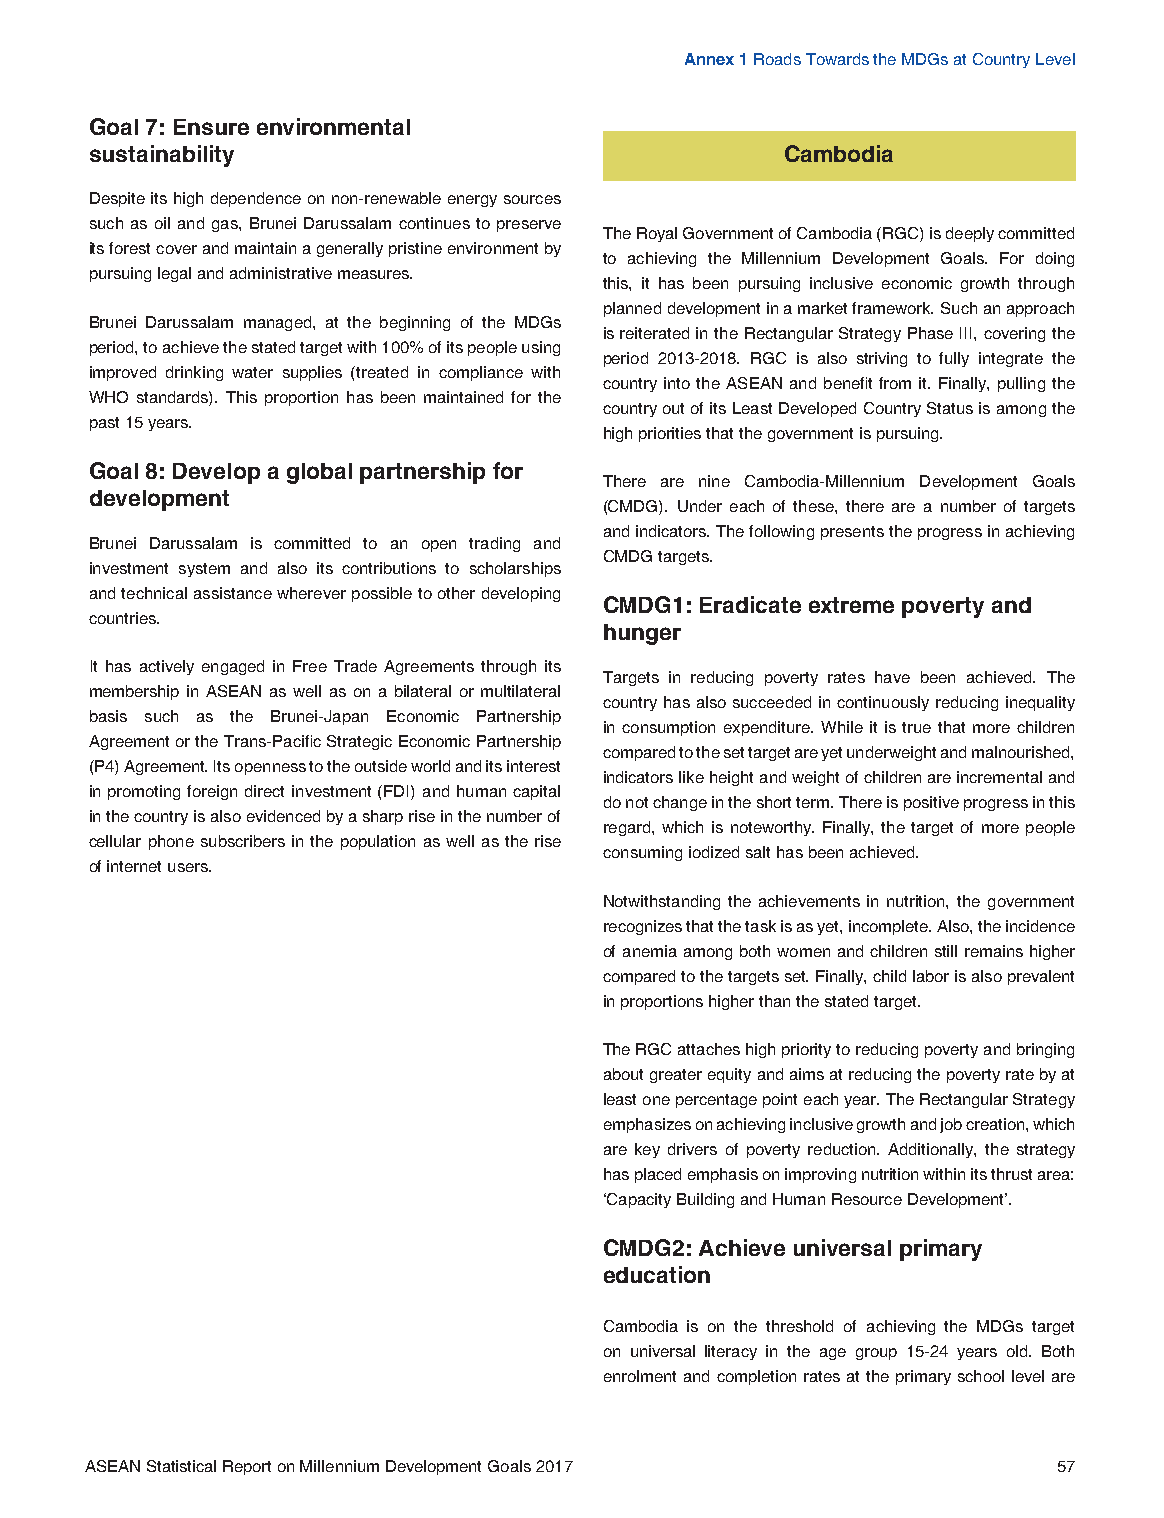
Annex 1 Roads Towards the MDGs at Country Level
 Goal 7: Ensure environmental
 sustainability                                Cambodia
 Despite its high dependence on non-renewable energy sources
 such as oil and gas, Brunei Darussalam continues to preserve
 The Royal Government of Cambodia (RGC) is deeply committed
 its forest cover and maintain a generally pristine environment by
 to achieving the Millennium Development Goals. For doing
 pursuing legal and administrative measures.
 this, it has been pursuing inclusive economic growth through
 planned development in a market framework. Such an approach
 Brunei Darussalam managed, at the beginning of the MDGs
 is reiterated in the Rectangular Strategy Phase III, covering the
 period, to achieve the stated target with 100% of its people using
 period 2013-2018. RGC is also striving to fully integrate the
 improved drinking water supplies (treated in compliance with
 country into the ASEAN and benefit from it. Finally, pulling the
 WHO standards). This proportion has been maintained for the
 country out of its Least Developed Country Status is among the
 past 15 years.
 high priorities that the government is pursuing.
 Goal 8: Develop a global partnership for
 There are nine Cambodia-Millennium Development Goals
 development
 (CMDG). Under each of these, there are a number of targets
 and indicators. The following presents the progress in achieving
 Brunei Darussalam is committed to an open trading and
 CMDG targets.
 investment system and also its contributions to scholarships
 and technical assistance wherever possible to other developing
 CMDG1: Eradicate extreme poverty and
 countries.
 hunger
 It has actively engaged in Free Trade Agreements through its
 Targets in reducing poverty rates have been achieved. The
 membership in ASEAN as well as on a bilateral or multilateral
 country has also succeeded in continuously reducing inequality
 basis such as the Brunei-Japan Economic Partnership
 in consumption expenditure. While it is true that more children
 Agreement or the Trans-Pacific Strategic Economic Partnership
 compared to the set target are yet underweight and malnourished,
 (P4) Agreement. Its openness to the outside world and its interest
 indicators like height and weight of children are incremental and
 in promoting foreign direct investment (FDI) and human capital
 do not change in the short term. There is positive progress in this
 in the country is also evidenced by a sharp rise in the number of
 regard, which is noteworthy. Finally, the target of more people
 cellular phone subscribers in the population as well as the rise
 consuming iodized salt has been achieved.
 of internet users.
 Notwithstanding the achievements in nutrition, the government
 recognizes that the task is as yet, incomplete. Also, the incidence
 of anemia among both women and children still remains higher
 compared to the targets set. Finally, child labor is also prevalent
 in proportions higher than the stated target.
 The RGC attaches high priority to reducing poverty and bringing
 about greater equity and aims at reducing the poverty rate by at
 least one percentage point each year. The Rectangular Strategy
 emphasizes on achieving inclusive growth and job creation, which
 are key drivers of poverty reduction. Additionally, the strategy
 has placed emphasis on improving nutrition within its thrust area:
 ‘Capacity Building and Human Resource Development’.
 CMDG2: Achieve universal primary
 education
 Cambodia is on the threshold of achieving the MDGs target
 on universal literacy in the age group 15-24 years old. Both
 enrolment and completion rates at the primary school level are
 ASEAN Statistical Report on Millennium Development Goals 2017   57